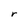
Character: r